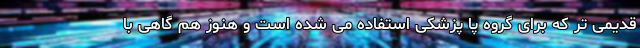
قدیمی تر که برای گروه پا پزشکی استفاده می شده است و هنوز هم گاهی با